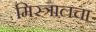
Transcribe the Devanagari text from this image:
मिस्त्रालचा